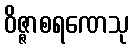
ဝိဇ္ဇာစရဏေသု